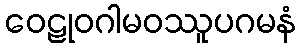
ဝေဠုဝဂါမဝဿူပဂမနံ